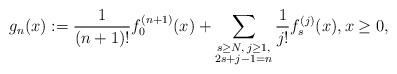
LaTeX: \begin{align*} g_n(x):= \dfrac{1}{(n+1)!}f_0^{(n+1)}(x)+\sum\limits_{\substack{s\ge N,\,j\ge 1,\\ 2s+j-1=n}}\dfrac{1}{j!}f_s^{(j)}(x),x\ge 0,\end{align*}